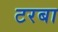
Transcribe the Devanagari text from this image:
टरबा